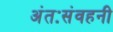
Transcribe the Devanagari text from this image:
अंतःसंवहनी